Indian journal of veterinary science and animal husbandry - Volumes 15-17, 1948-1951
Year: 1948
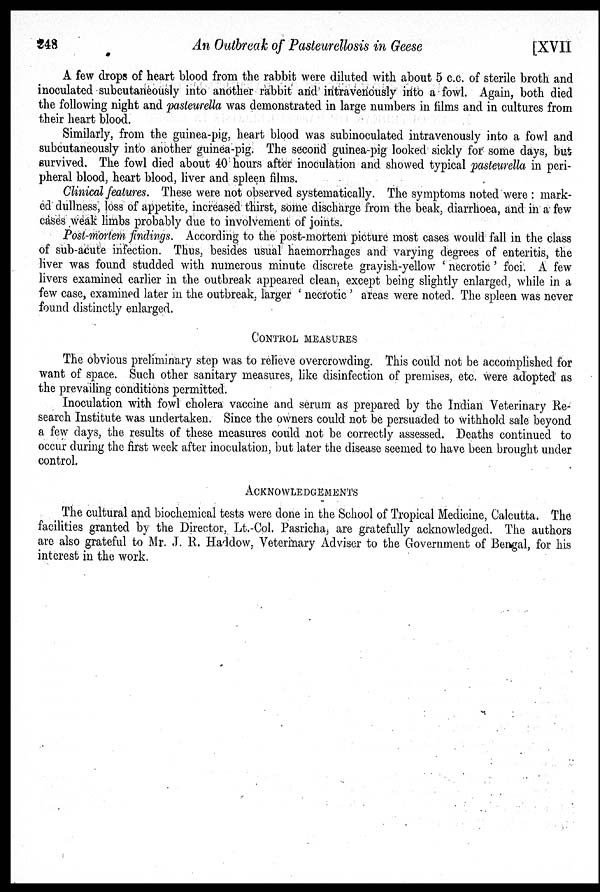
248
An Outbreak of Pasteurellosis in Geese
[XVII
A few drops of heart blood from the rabbit were diluted with about 5 c.c. of sterile broth and
inoculated subcutaneously into another rabbit and intravenously into a fowl. Again, both died
the following night and pasteurella was demonstrated in large numbers in films and in cultures from
their heart blood.
Similarly, from the guinea-pig, heart blood was subinoculated intravenously into a fowl and
subcutaneously into another guinea-pig. The second guinea-pig looked sickly for some days, but
survived. The fowl died about 40 hours after inoculation and showed typical pasteurella in peri-
pheral blood, heart blood, liver and spleen films.
Clinical features. These were not observed systematically. The symptoms noted were : mark-
ed dullness, loss of appetite, increased thirst, some discharge from the beak, diarrhoea, and in a few
cases weak limbs probably due to involvement of joints.
Post-mortem findings. According to the post-mortem picture most cases would fall in the class
of sub-acute infection. Thus, besides usual haemorrhages and varying degrees of enteritis, the
liver was found studded with numerous minute discrete grayish-yellow ' necrotic' foci. A few
livers examined earlier in the outbreak appeared clean, except being slightly enlarged, while in a
few case, examined later in the outbreak, larger ' necrotic ' areas were noted. The spleen was never
found distinctly enlarged.
CONTROL MEASURES
The obvious preliminary step was to relieve overcrowding. This could not be accomplished for
want of space. Such other sanitary measures, like disinfection of premises, etc. were adopted as
the prevailing conditions permitted.
Inoculation with fowl cholera vaccine and serum as prepared by the Indian Veterinary Re-
search Institute was undertaken. Since the owners could not be persuaded to withhold sale beyond
a few days, the results of these measures could not be correctly assessed. Deaths continued to
occur during the first week after inoculation, but later the disease seemed to have been brought under
control.
ACKNOWLEDGEMENTS
The cultural and biochemical tests were done in the School of Tropical Medicine, Calcutta. The
facilities granted by the Director, Lt.-Col. Pasricha, are gratefully acknowledged. The authors
are also grateful to Mr. J. R. Haddow, Veterinary Adviser to the Government of Bengal, for his
interest in the work.